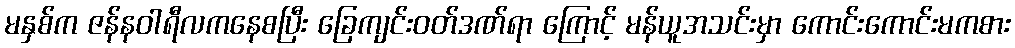
မနှစ်က ဇန်နဝါရီလကနေစပြီး ခြေကျင်းဝတ်ဒဏ်ရာ ကြောင့် မန်ယူအသင်းမှာ ကောင်းကောင်းမကစား